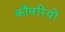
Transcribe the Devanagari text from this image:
काँवरियों